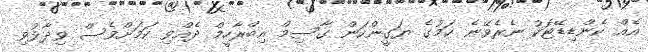
އެއް ކެންޑިޑޭޓަކު ނެރެވޭނެ ކަމުގެ ޔަގީންކަން ގާސިމް އިބްރާހީމް ދެއްވި ކަމަށްވެސް ވިދާޅުވި